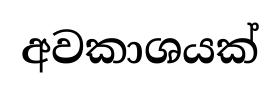
අවකාශයක්